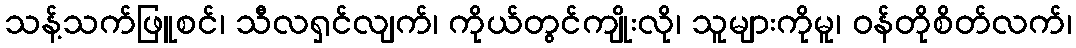
သန့်သက်ဖြူစင်၊ သီလရှင်လျက်၊ ကိုယ်တွင်ကျိုးလို၊ သူများကိုမူ၊ ဝန်တိုစိတ်လက်၊